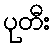
ပုတီး